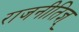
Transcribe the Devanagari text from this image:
राजनीतिज्ञ्